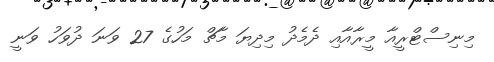
މިނިސްޓްރީއާ މީރާއާއި ދެމެދު މިދިޔަ މާޗް މަހުގެ 27 ވަނަ ދުވަހު ވަނީ